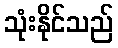
သုံးနိုင်သည်